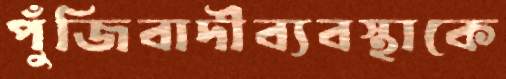
পুঁজিবাদীব্যবস্থাকে